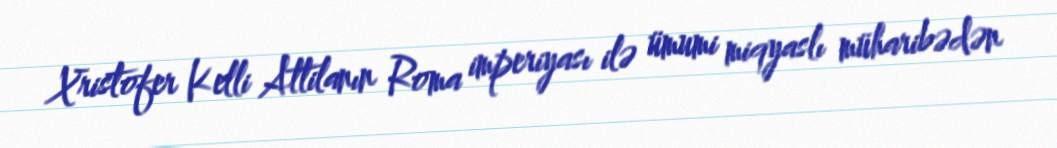
Xristofer Kelli Attilanın Roma imperiyası ilə ümumi miqyaslı müharibədən